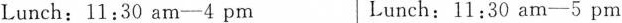
Lunch：11:30 am-4 pm Lunch：11:30 am-5 pm